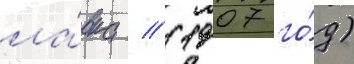
ла́вка // (1907 го́д)